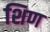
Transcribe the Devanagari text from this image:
शिण